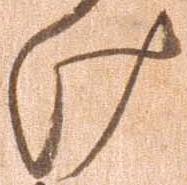
け